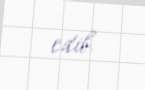
edib.